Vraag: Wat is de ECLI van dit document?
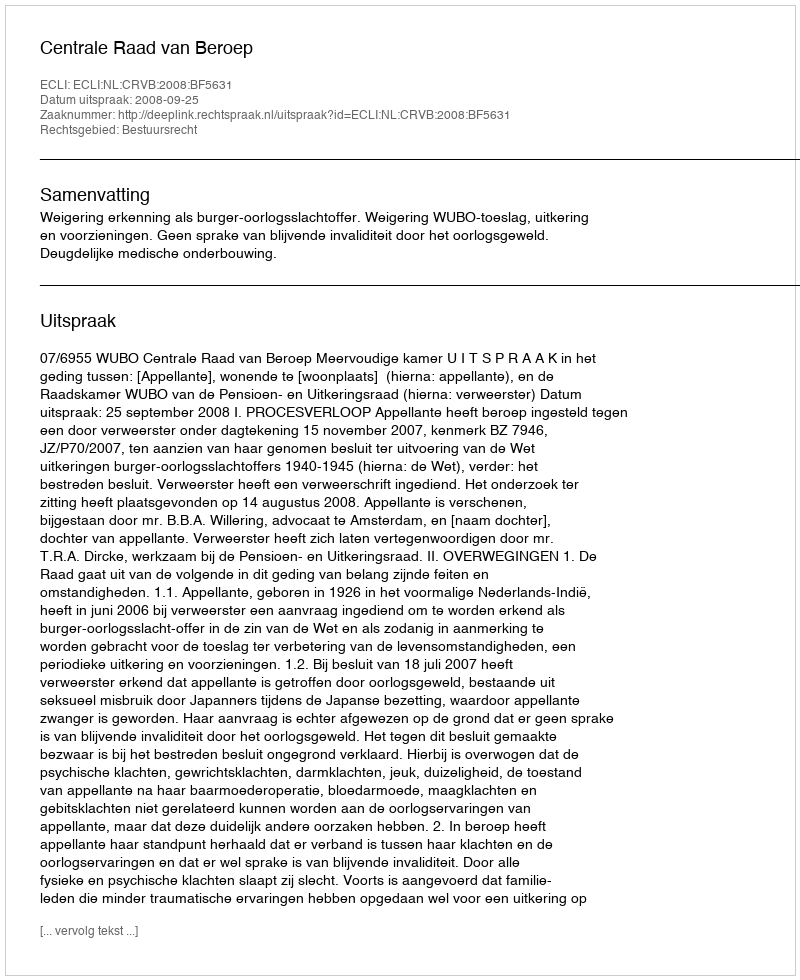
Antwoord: ECLI:NL:CRVB:2008:BF5631